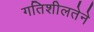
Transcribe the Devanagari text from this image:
गतिशीलतेने